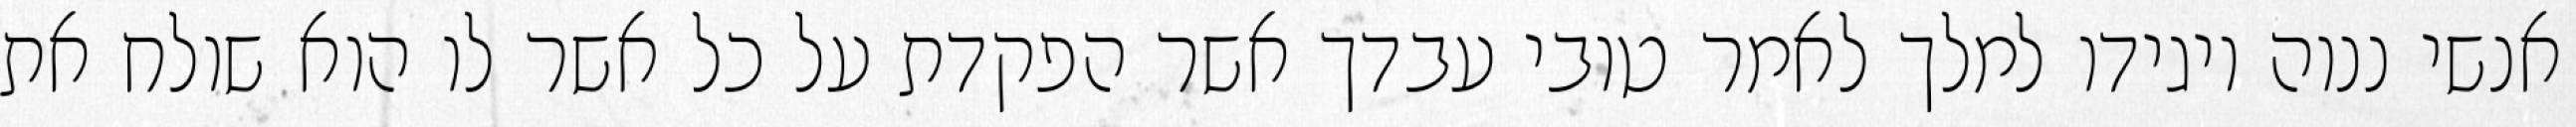
אנשי ננוה ויגידו למלך לאמר טובי עבדך אשר הפקדת על כל אשר לו הוא שולח את